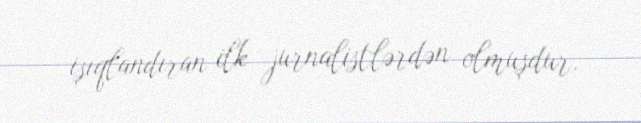
işıqlandıran ilk jurnalistlərdən olmuşdur.